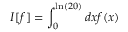
I [ f ] = \int _ { 0 } ^ { \ln ( 2 0 ) } d x f ( x )